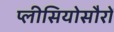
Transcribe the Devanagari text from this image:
प्लीसियोसौरों